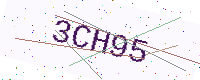
Text: 3CH95